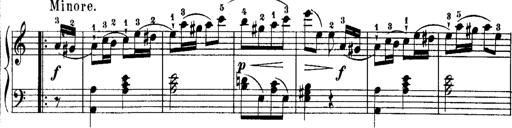
Title: Rondos and Sonatinas for Pianoforte
Composer: Daniel Steibelt